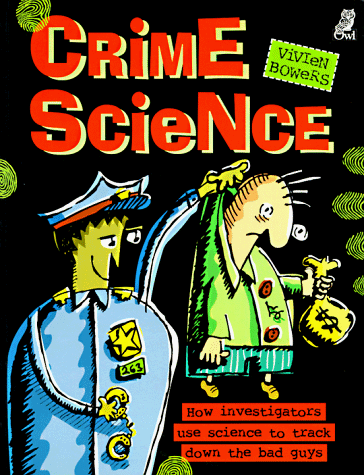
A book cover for Crime Science: How Investigators Use Science to Track Down the Bad Guys; Vivien Bowers; Children's Books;